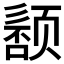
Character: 𬱰